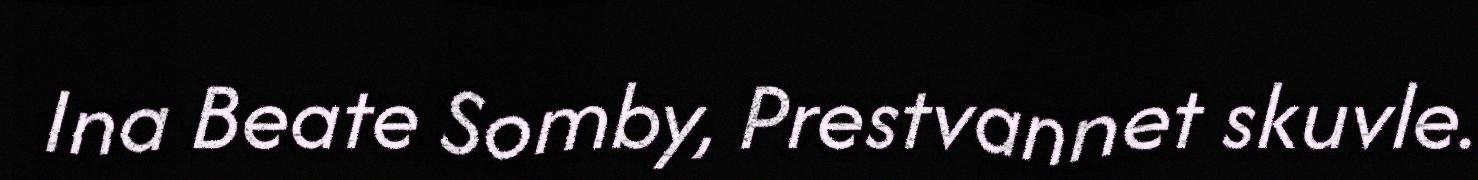
Ina Beate Somby, Prestvannet skuvle.